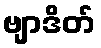
ဗျာဒိတ်